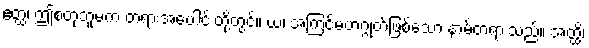
ဧတ္ထ၊ ဤစတုဘူမက တရားအပေါင်းတို့တွင်။ ယံ၊ အကြင်မဟဂ္ဂုတ်ဖြစ်သော နာမ်တရားသည်။ အတ္ထိ၊